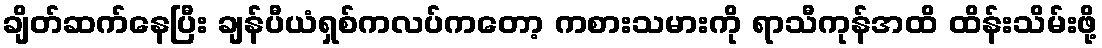
ချိတ်ဆက်နေပြီး ချန်ပီယံရှစ်ကလပ်ကတော့ ကစားသမားကို ရာသီကုန်အထိ ထိန်းသိမ်းဖို့